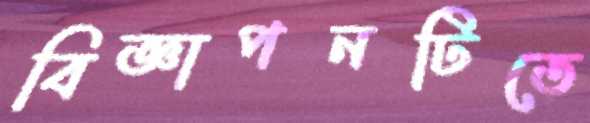
বিজ্ঞাপনটিতে